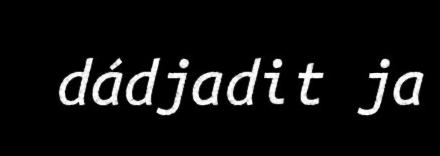
dádjadit ja